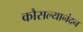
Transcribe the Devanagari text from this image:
कौसल्यानंदन